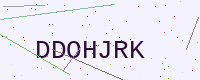
Text: DDOHJRK